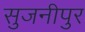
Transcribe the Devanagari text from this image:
सुजनीपुर